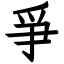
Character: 爭